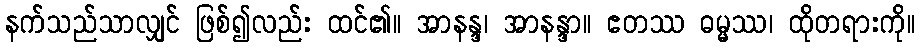
နက်သည်သာလျှင် ဖြစ်၍လည်း ထင်၏။ အာနန္ဒ၊ အာနန္ဒာ။ ဧတဿ ဓမ္မဿ၊ ထိုတရားကို။